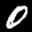
Label: 0